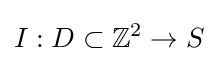
I:D\subset \mathbb {Z} ^{2}\to S